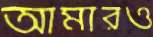
আমারও